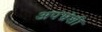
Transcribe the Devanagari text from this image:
अपभ्रंशी